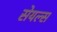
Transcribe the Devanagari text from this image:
सेयल्स